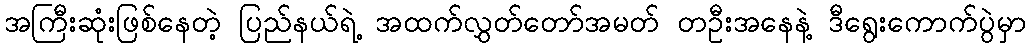
အကြီးဆုံးဖြစ်နေတဲ့ ပြည်နယ်ရဲ့ အထက်လွှတ်တော်အမတ် တဦးအနေနဲ့ ဒီရွေးကောက်ပွဲမှာ